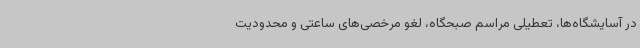
در آسایشگاه‌ها، تعطیلی مراسم صبحگاه، لغو مرخصی‌های ساعتی و محدودیت